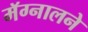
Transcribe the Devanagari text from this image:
मॅग्नालने